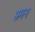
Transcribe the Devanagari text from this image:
भ्रमन